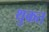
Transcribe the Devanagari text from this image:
थुकत